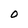
Character: 0